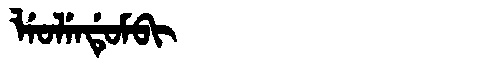
Manchu: ᠯᡝᠣᠯᡝᠨᡩᡠᠮᠪᡳ
Romanization: LEOLENDUMBI